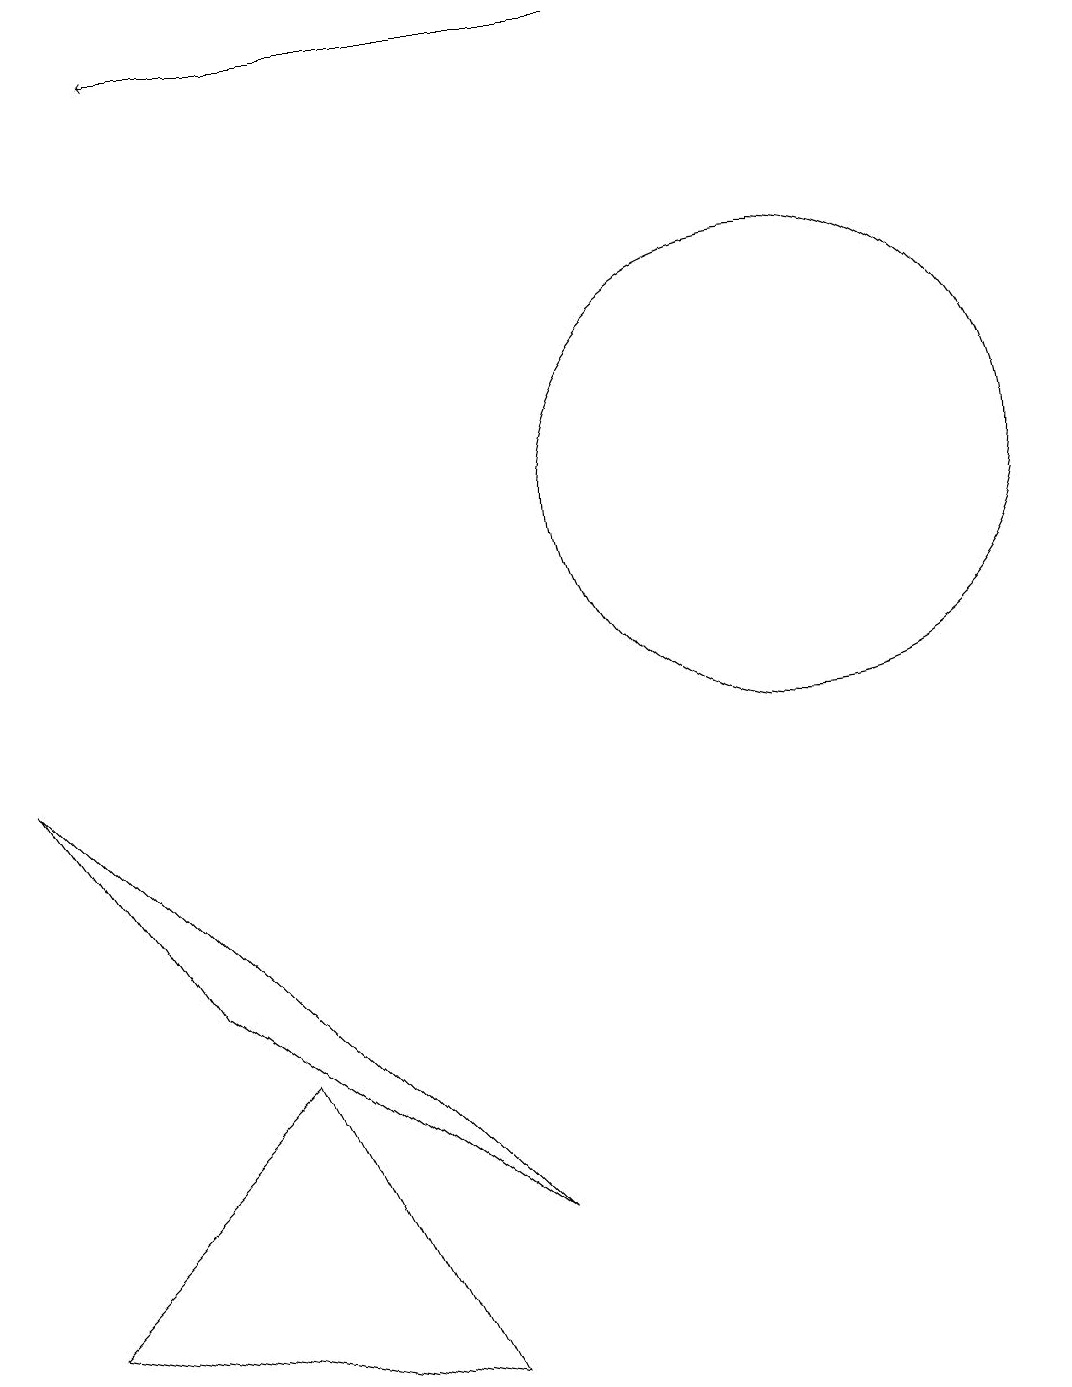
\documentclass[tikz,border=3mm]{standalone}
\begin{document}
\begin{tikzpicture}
\draw[->] (8,17) -- (2,17);
\draw (10,11) circle (3);
\draw (5,0) -- (0,1) -- (3,4) -- cycle;
\draw (2,5) -- (0,8) -- (6,2) -- cycle;
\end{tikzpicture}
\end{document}